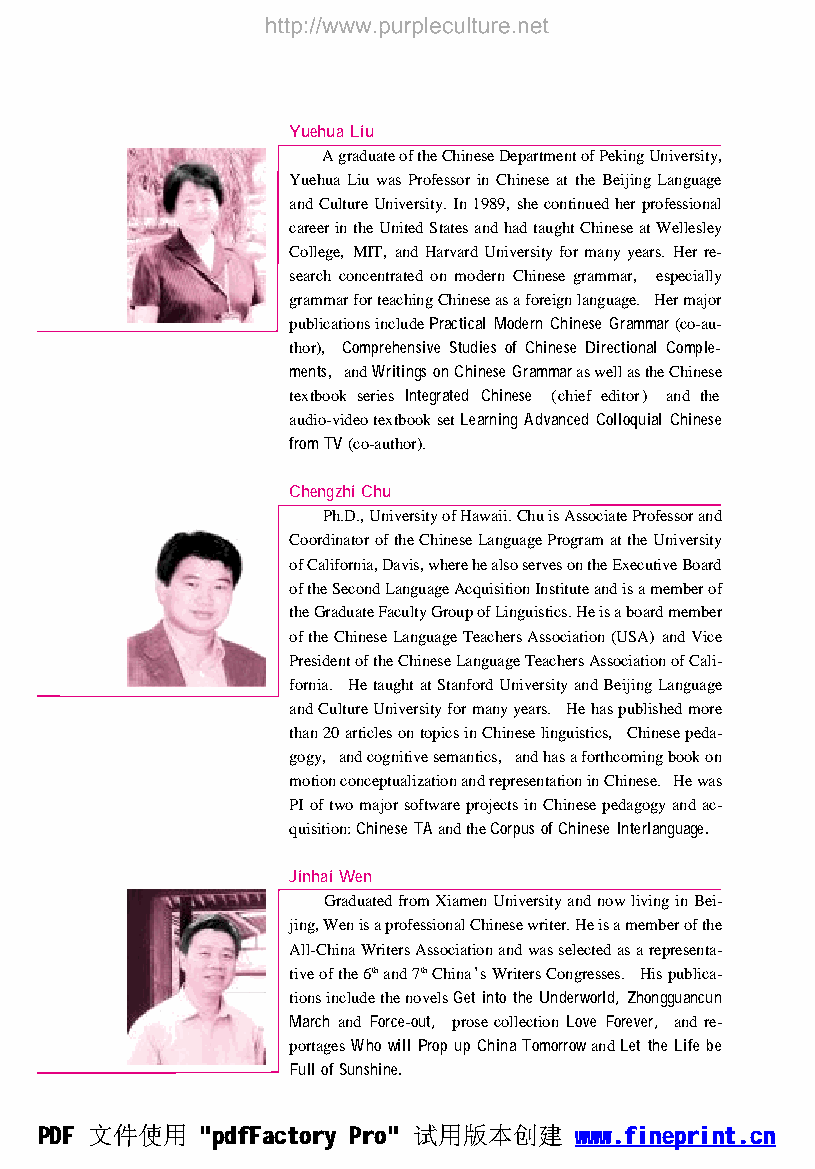
YuehuaLiu
 AgraduateoftheChineseDepartmentofPekingUniversity,
 Yuehua Liu was Professor in Chinese at the BeijingLanguage
 andCultureUniversity. In1989, shecontinuedherprofessional
 careerintheUnitedStatesandhadtaughtChineseatWellesley
 College, MIT, and Harvard Universityformanyyears. Herre-
 search concentrated on modern Chinese grammar, especially
 grammarforteachingChineseasaforeignlanguage. Hermajor
 publicationsincludePractical Modern Chinese Grammar(co-au-
 thor), Comprehensive Studies of Chinese Directional Comple鄄
 ments, andWritings onChinese GrammaraswellastheChinese
 textbook series Integrated Chinese (chief editor) and the
 audio-videotextbooksetLearningAdvanced Colloquial Chinese
 fromTV(co-author).
 ChengzhiChu
 Ph.D.,UniversityofHawaii.ChuisAssociateProfessorand
 CoordinatoroftheChineseLanguageProgramattheUniversity
 ofCalifornia,Davis,wherehealsoservesontheExecutiveBoard
 oftheSecondLanguageAcquisitionInstituteandisamemberof
 theGraduateFacultyGroupofLinguistics.Heisaboardmember
 oftheChineseLanguageTeachersAssociation(USA) andVice
 PresidentoftheChineseLanguageTeachersAssociationofCali-
 fornia. HetaughtatStanfordUniversityandBeijingLanguage
 andCultureUniversityformanyyears. Hehaspublishedmore
 than20articlesontopicsinChineselinguistics, Chinesepeda-
 gogy, andcognitivesemantics, andhasaforthcomingbookon
 motionconceptualizationandrepresentationinChinese. Hewas
 PIoftwomajorsoftwareprojectsinChinesepedagogyandac-
 quisition:Chinese TAandtheCorpus ofChinese Interlanguage.
 JinhaiWen
 GraduatedfromXiamenUniversityandnowlivinginBei-
 jing,WenisaprofessionalChinesewriter.Heisamemberofthe
 All-ChinaWritersAssociationandwasselectedasarepresenta-
 tiveofthe6thand7thChina爷sWritersCongresses. Hispublica-
 tionsincludethenovelsGet intothe Underworld, Zhongguancun
 March and Force-out, prosecollection Love Forever, andre-
 portagesWhowill Prop up ChinaTomorrowandLet the Life be
 FullofSunshine.
 PDF 文件使用   "pdfFactory Pro" 试用版本创建  www.fineprint.cn